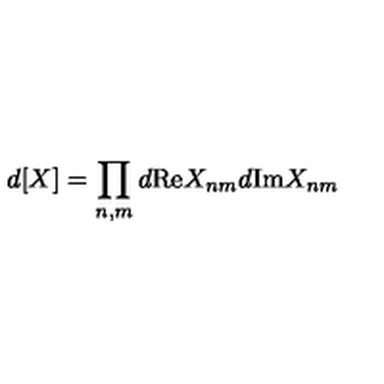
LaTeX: d [ X ] = \prod _ { n , m } d \mathrm { R e } X _ { n m } d \mathrm { I m } X _ { n m }